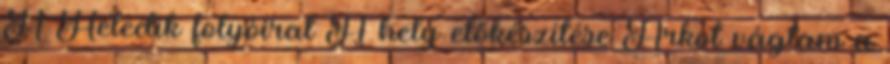
A Hetedik folyóirat A hely előkészítése Árkot vágtam a